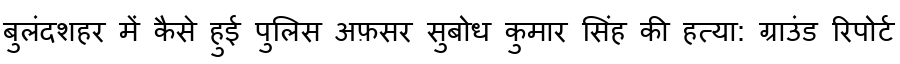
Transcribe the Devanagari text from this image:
बुलंदशहर में कैसे हुई पुलिस अफ़सर सुबोध कुमार सिंह की हत्या: ग्राउंड रिपोर्ट